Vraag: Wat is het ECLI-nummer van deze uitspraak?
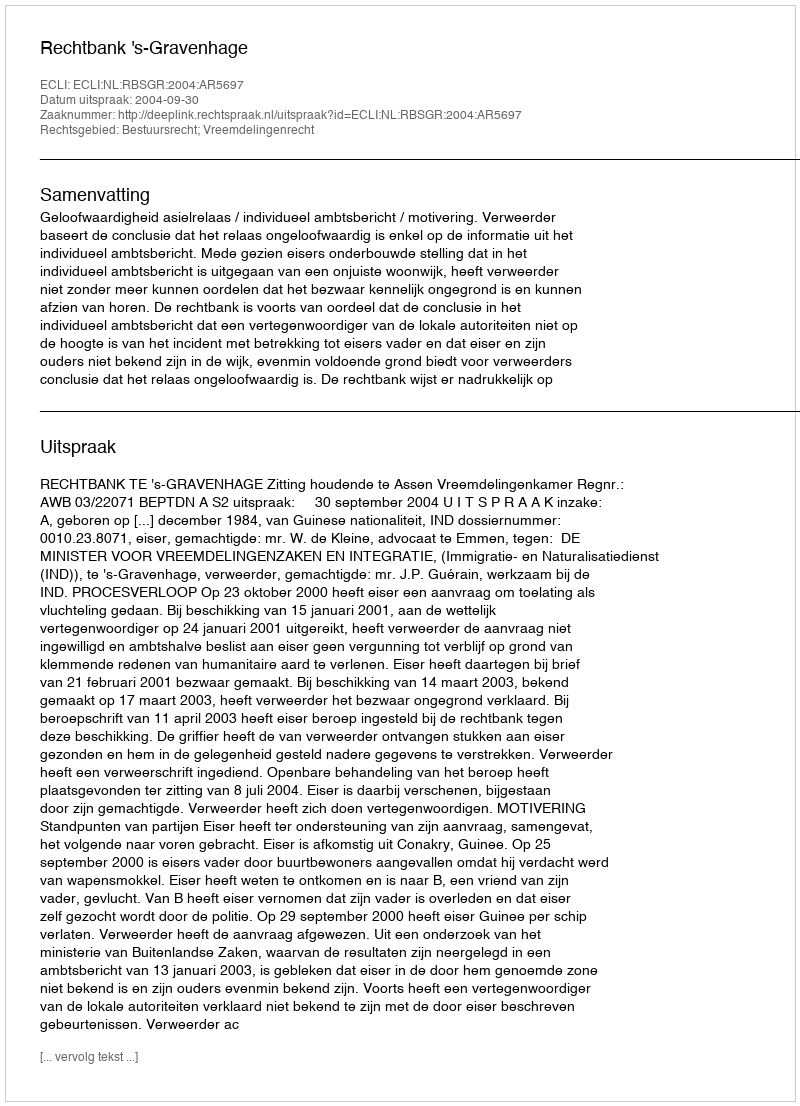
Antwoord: ECLI:NL:RBSGR:2004:AR5697